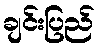
ချင်းပြည်